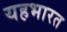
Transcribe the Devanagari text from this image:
यहभारत